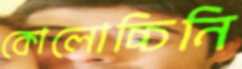
কোলোচ্চিনি